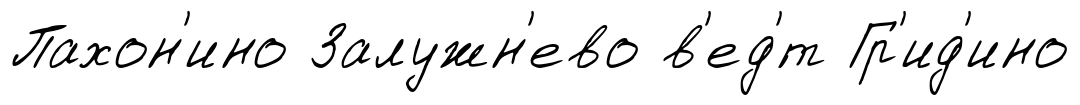
Пахон'ино Залужн'ево в'ед'́т Гр'ид'ино